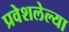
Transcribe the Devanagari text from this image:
प्रवेशलेल्या